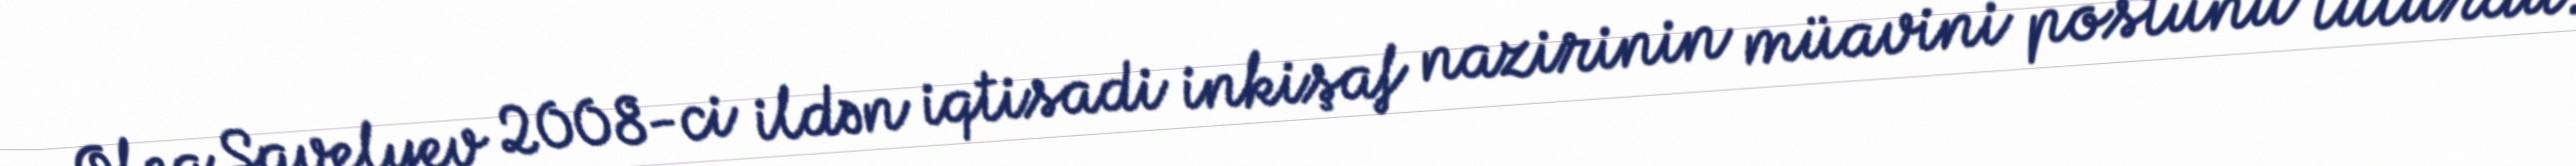
Oleq Savelyev 2008-ci ildən iqtisadi inkişaf nazirinin müavini postunu tuturdu.